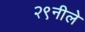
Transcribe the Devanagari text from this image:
२९नीले